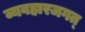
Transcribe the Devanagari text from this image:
व्यवहारजगत्‌